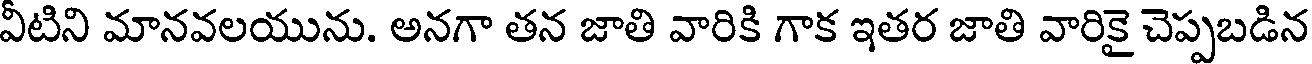
వీటిని మానవలయును. అనగా తన జాతి వారికి గాక ఇతర జాతి వారికై చెప్పబడిన